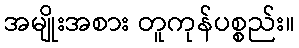
အမျိုးအစား တူကုန်ပစ္စည်း။